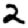
Digit: 2